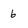
Character: 6